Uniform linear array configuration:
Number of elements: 8
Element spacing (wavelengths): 0.5
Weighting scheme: blackman
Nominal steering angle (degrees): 0
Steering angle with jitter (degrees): -0.6851
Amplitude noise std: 0.05
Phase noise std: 0.05

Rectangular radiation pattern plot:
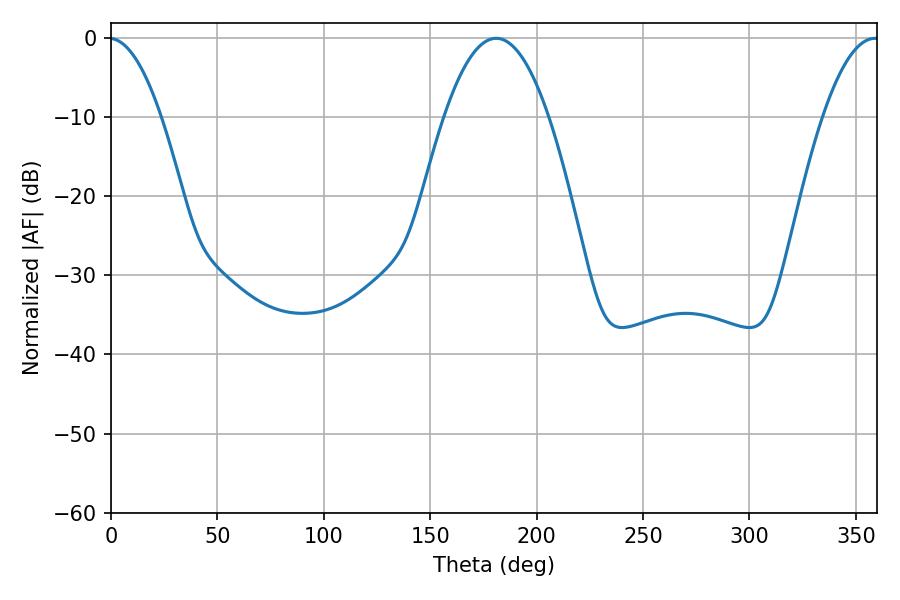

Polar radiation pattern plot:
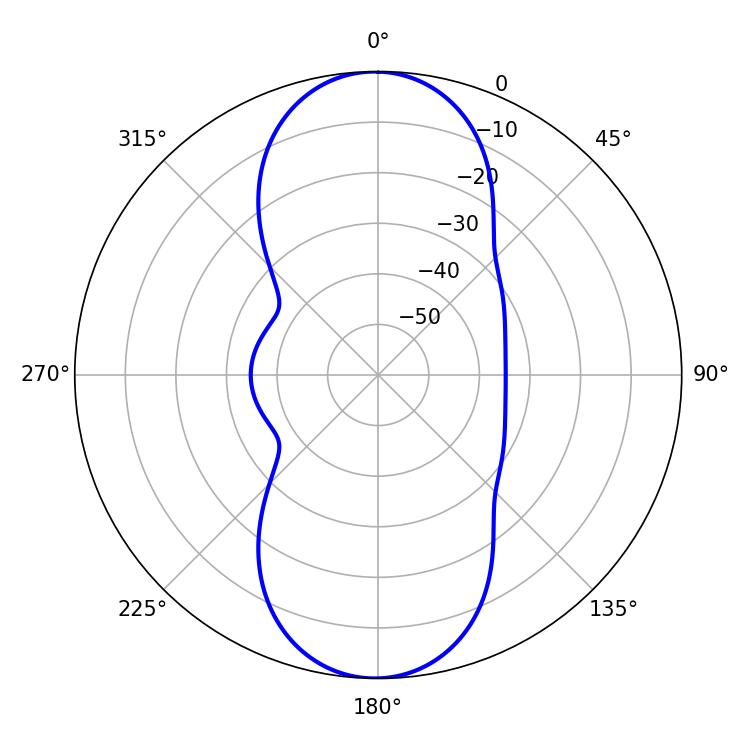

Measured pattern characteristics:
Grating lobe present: FALSE
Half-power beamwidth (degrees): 27
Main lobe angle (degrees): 180.9